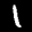
Label: 1